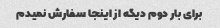
برای بار دوم دیگه از اینجا سفارش نمیدم